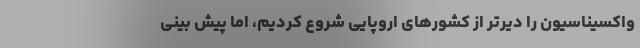
واکسیناسیون را دیرتر از کشورهای اروپایی شروع کردیم، اما پیش بینی